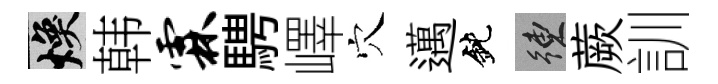
焕韩霖騁嶧穴邁鈍練蕨訓